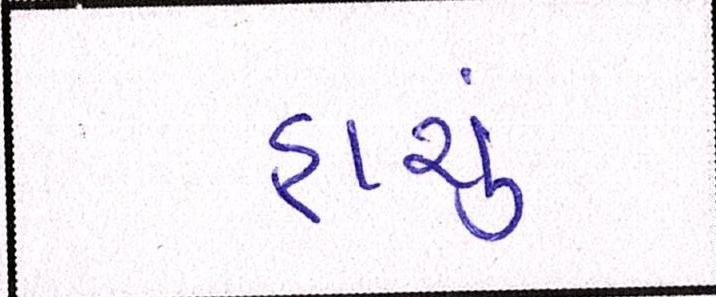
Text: હાચું